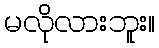
မလိုလားဘူး။